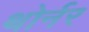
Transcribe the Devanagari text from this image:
थोर्नर